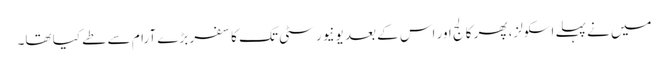
میں نے پہلے اسکولز، پھر کالج اور اس کے بعد یونیورسٹی تک کا سفر بڑے آرام سے طے کیا تھا۔